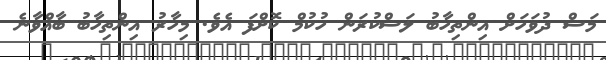
މަސް ދުވަހަށް އިންތިހާބު ލަސްކުރަން ހުކުމް ކޮށްފަ އެވެ. މިހާރު އިންތިހާބު ބާއްވާނެ